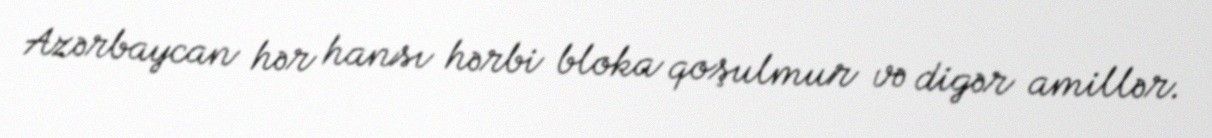
Azərbaycan hər hansı hərbi bloka qoşulmur və digər amillər.